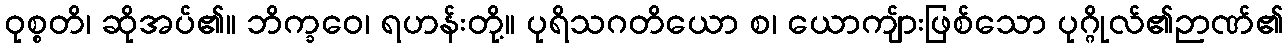
ဝုစ္စတိ၊ ဆိုအပ်၏။ ဘိက္ခဝေ၊ ရဟန်းတို့။ ပုရိသဂတိယော စ၊ ယောကျ်ားဖြစ်သော ပုဂ္ဂိုလ်၏ဉာဏ်၏